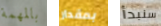
بالمهمة بمقدار سنبدأ